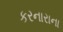
કરનારાના